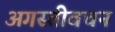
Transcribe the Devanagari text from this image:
अगस्तीवचन